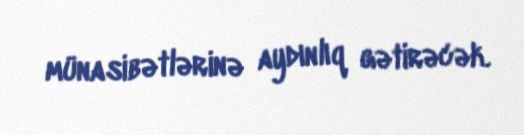
münasibətlərinə aydınlıq gətirəcək.